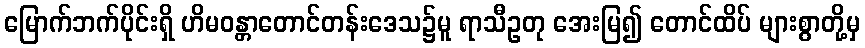
မြောက်ဘက်ပိုင်းရှိ ဟိမဝန္တာတောင်တန်းဒေသ၌မူ ရာသီဥတု အေးမြ၍ တောင်ထိပ် များစွာတို့မှ